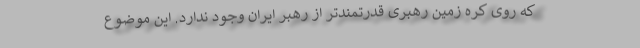
که روی کره زمین رهبری قدرتمندتر از رهبر ایران وجود ندارد. این موضوع